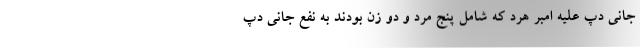
جانی دپ علیه امبر هرد که شامل پنج مرد و دو زن بودند به نفع جانی دپ